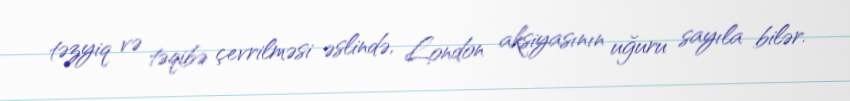
təzyiq və təqibə çevrilməsi əslində, London aksiyasının uğuru sayıla bilər.